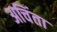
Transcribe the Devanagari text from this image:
अचिंता